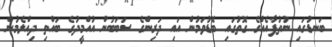
ބަނޑުގައި ނުތުފާއެއްގެ ގޮތުގައި ބޮޑުވަމުން އައި ދަރިންގެ ސަބަބުން އުއްމީދުގެ ބައްތި ދިއްލެމުން